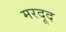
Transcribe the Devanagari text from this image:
मरदूद